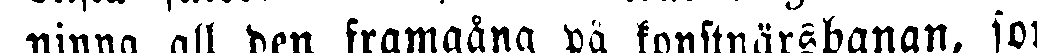
ninna all den framgång på konstnärsbanan, som